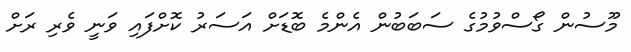
މޫސުން ގޯސްވުމުގެ ސަބަބުން އެންމެ ބޮޑަށް އަސަރު ކޮށްފައި ވަނީ ވެރި ރަށް